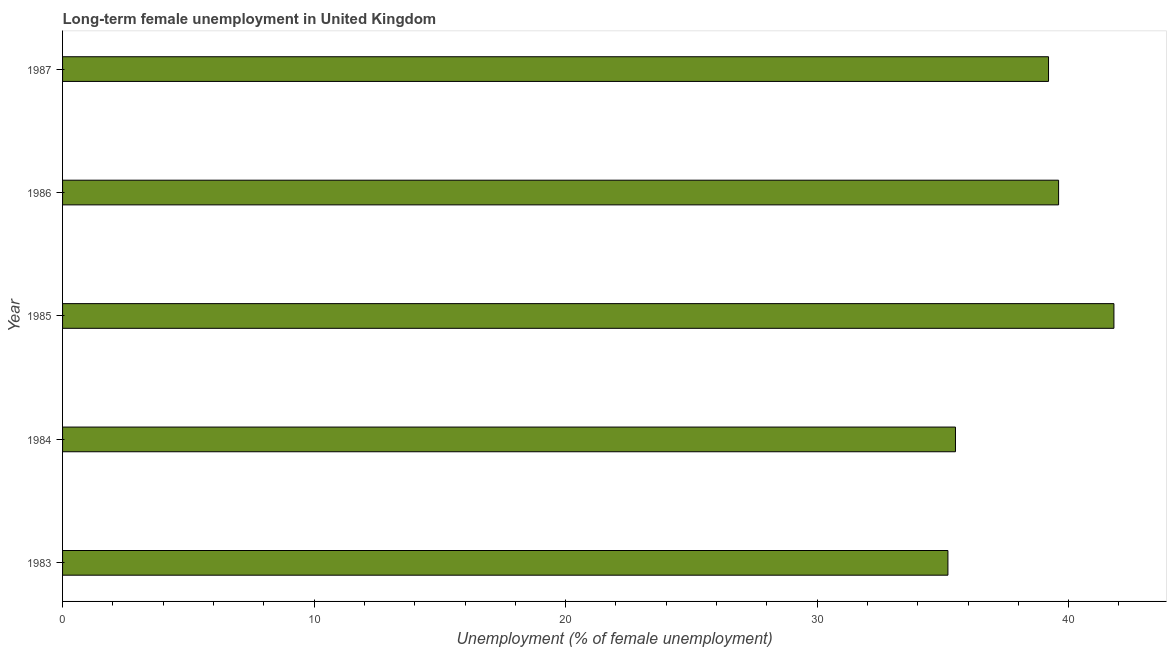
| Year | Long-term unemployment female |
 | --- | --- |
 | 1983 | 35.2 |
 | 1984 | 35.5 |
 | 1985 | 41.8 |
 | 1986 | 39.6 |
 | 1987 | 39.2 |